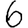
Digit: 6